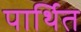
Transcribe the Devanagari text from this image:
पार्थित